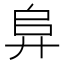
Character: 𭚖